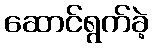
ဆောင်ရွက်ခဲ့